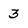
Character: 3